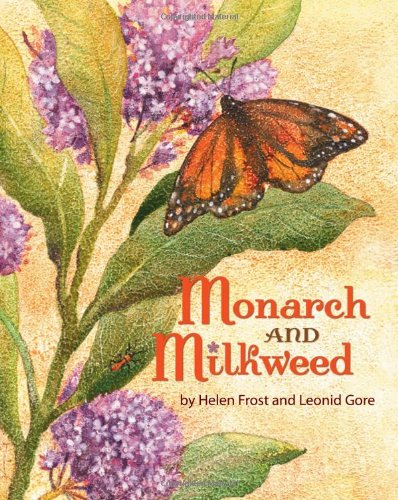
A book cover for Monarch and Milkweed; Helen Frost; Children's Books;